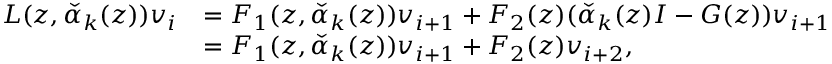
\begin{array} { r l } { L ( z , \check { \alpha } _ { k } ( z ) ) \boldsymbol { v } _ { i } } & { = F _ { 1 } ( z , \check { \alpha } _ { k } ( z ) ) \boldsymbol { v } _ { i + 1 } + F _ { 2 } ( z ) ( \check { \alpha } _ { k } ( z ) I - G ( z ) ) \boldsymbol { v } _ { i + 1 } } \\ & { = F _ { 1 } ( z , \check { \alpha } _ { k } ( z ) ) \boldsymbol { v } _ { i + 1 } + F _ { 2 } ( z ) \boldsymbol { v } _ { i + 2 } , } \end{array}